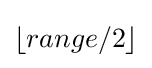
\lfloor range/2\rfloor